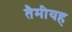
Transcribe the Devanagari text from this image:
तैमीयह